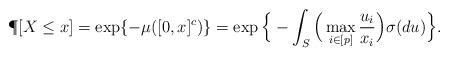
LaTeX: \begin{align*} \P[ X\le x] = \exp\{-\mu([0,x]^c)\} = \exp\Big\{ -\int_S \Big( \max_{i\in [p]} \frac{u_i}{x_i}\Big) \sigma(du)\Big\}.\end{align*}